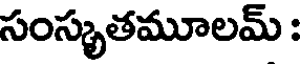
సంస్కృతమూలమ్ :